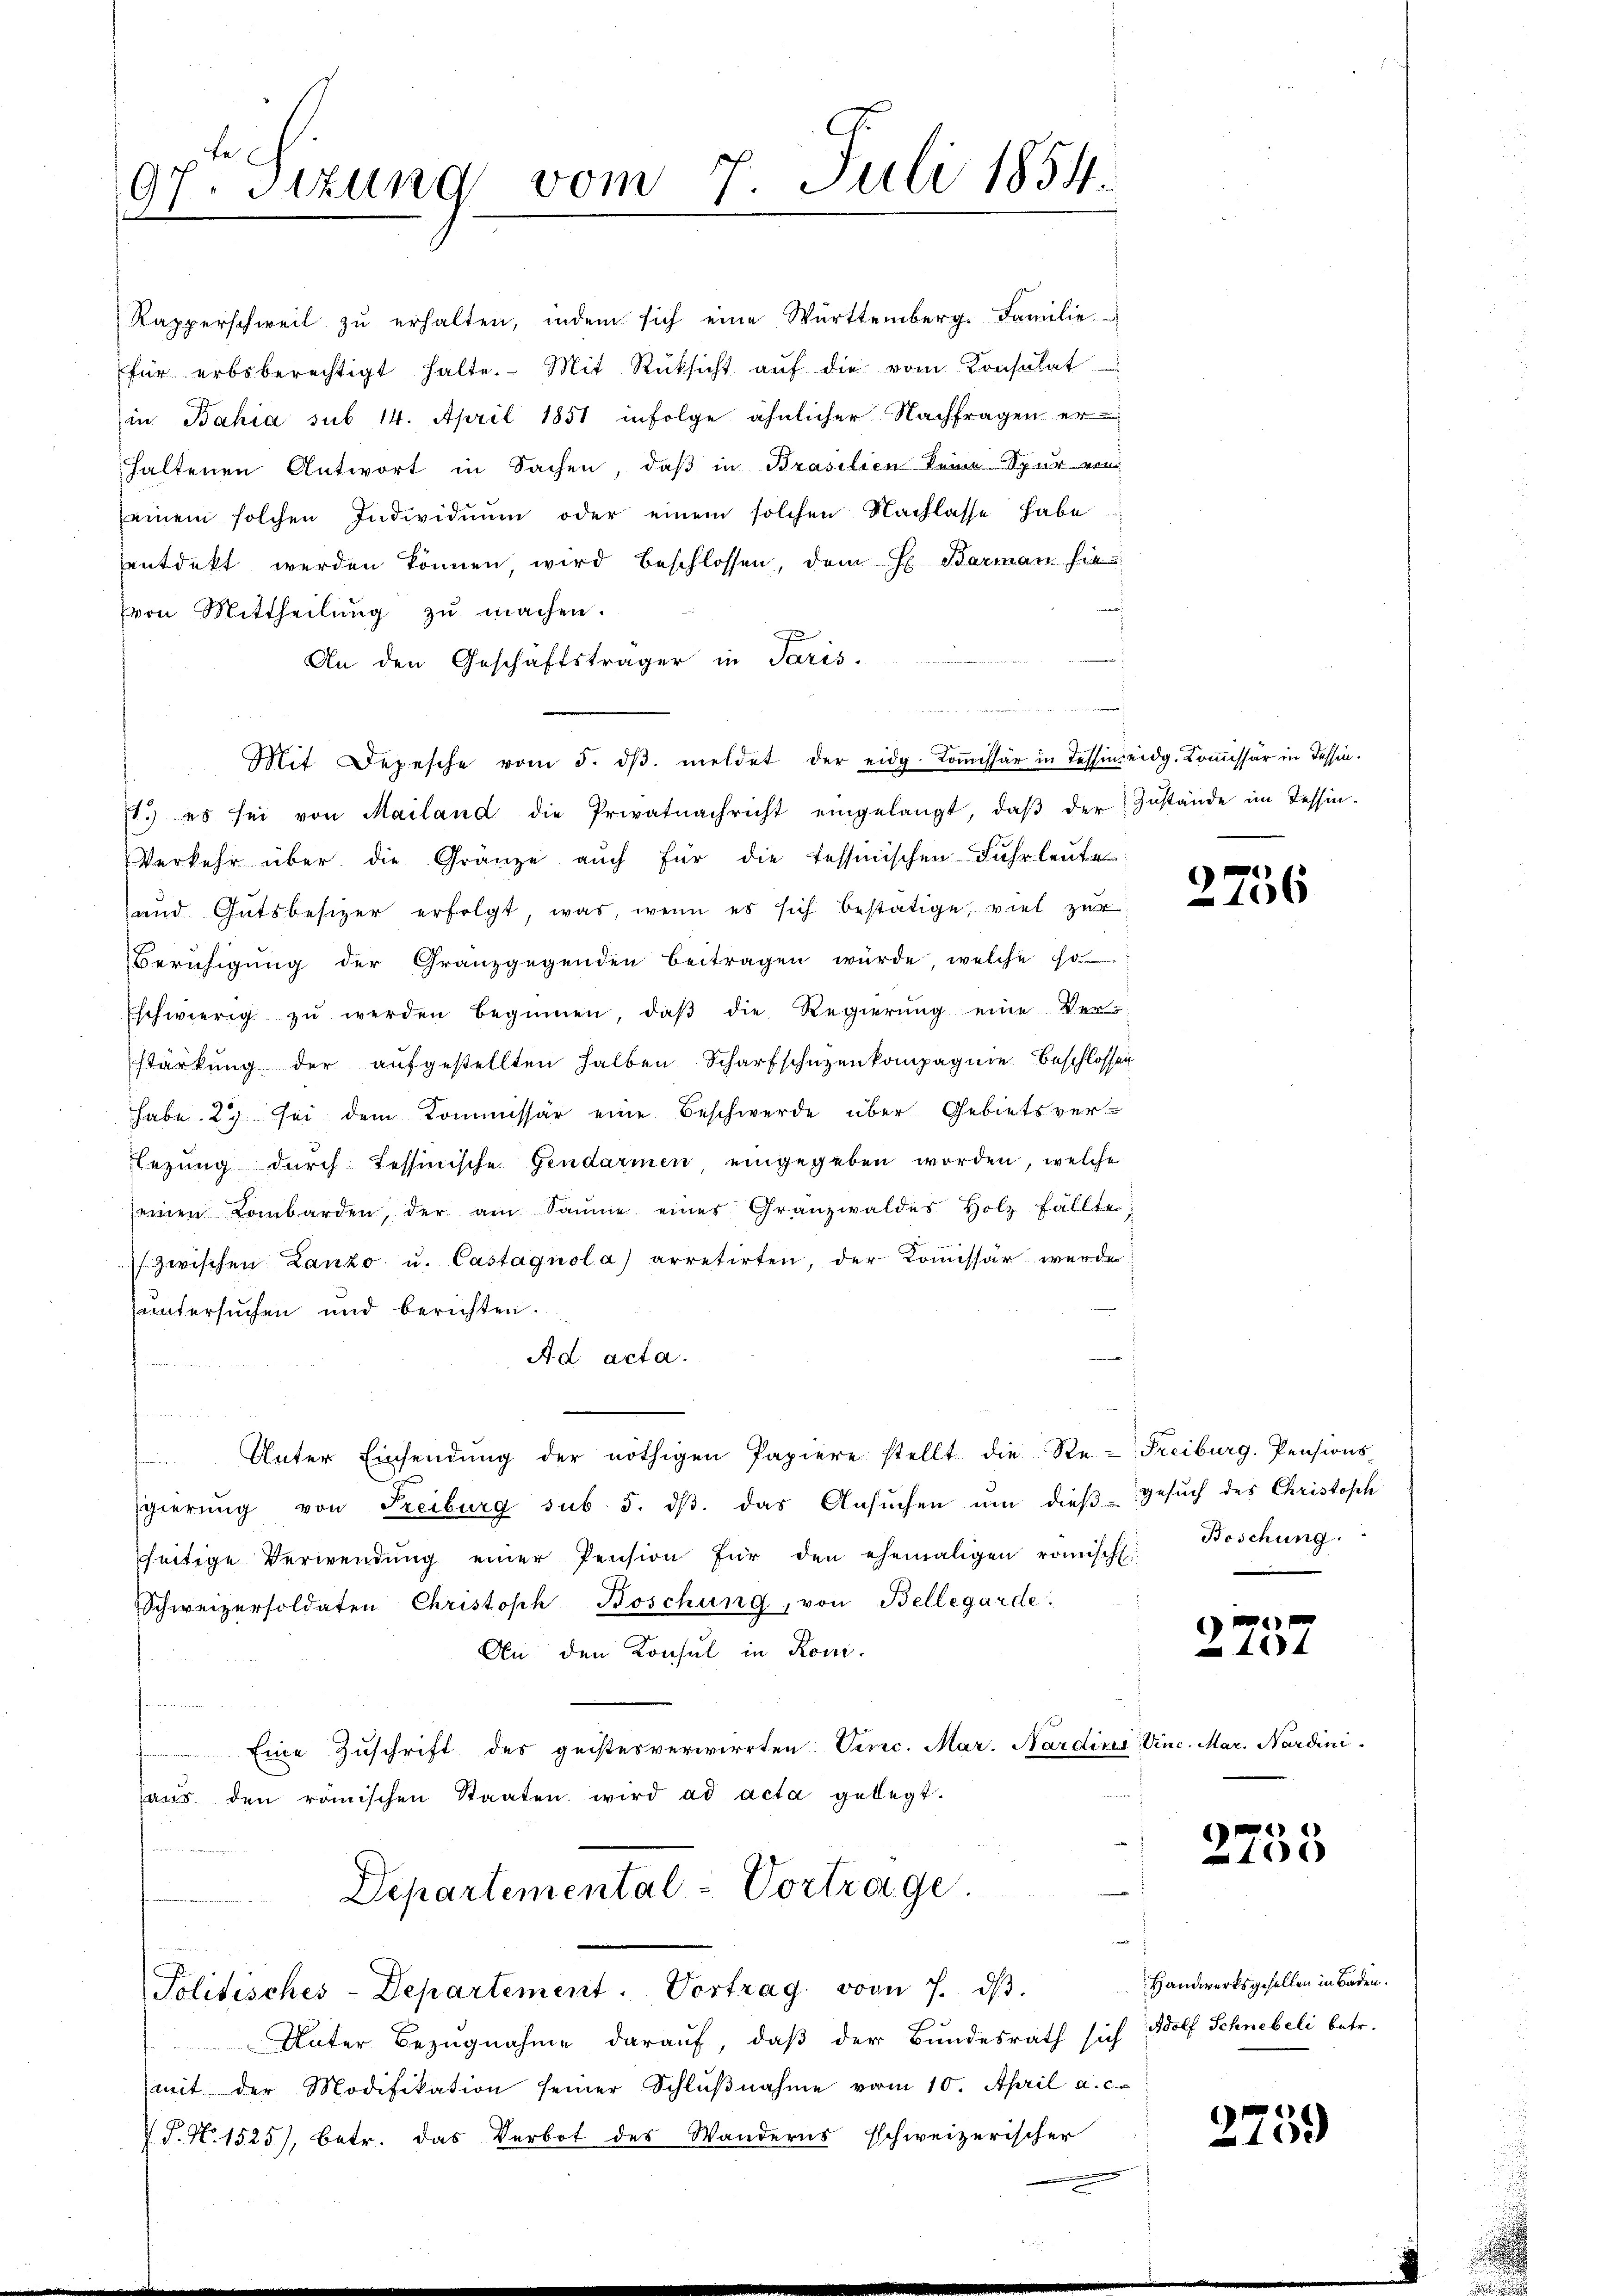
7. Sizung vom 7. Juli 1854.
97

für erbsberechtigt halte. Mit Rüksicht aŭf die vom Konsulat
in Bahia sub 14. April 1851 infolge ähnlicher Nachfragen erhaltenen Antwort in Sachen, daβ in Brasilien keine Spur von
seinem solchen Individuum oder einem solchen Nachlasse habe.
entdekt werden können, wird beschlossen, dem H. Barman hie
von Mittheilŭng zŭ machen.
An den Geschäftsträger in Paris.
Mit Depesche vom 5. dβ. meldet der eidg. Koṁissär in Tessin eidg. Kommissär in Tessin.
st.) es sei von Mailand die Privatnachricht eingelangt, daβ der Zŭstände im Tessin-
Verkehr über die Gränze auch für die tessinischen Fuhrleute
und Gutsbesizer erfolgt, was, wenn es sich bestätige, viel zur
Beruhigung der Granzgegenden beitragen würde, welche so
Eschwierig zŭ werden beginnen, daβ die Regierŭng eine Ver-
stärkung der aŭfgestellten halben Scharfschüzenkompagnie Beschlossen
habe. 2) sei dem Kommissär eine Beschwerde über Gebietsver-
legung durch Tessinische Gendarmen, eingegeben worden, welche
einen Lombarden, der am Saume eines Granzwaldes Holz fällte;
zwischen Lanzo u. Castagnola) arretirten, der Kommissär wurde
untersuchen und berichten.
Ad acta.
 Unter Einsendŭng der nöthigen Papiere stellt die Re-Freiburg. Pensions
gierŭng von Freiburg sub 5. dβ das Ansŭchen ŭm dieβ-Gesŭch des Christoph
seitige Verwendŭng einer Pension für den ehemaligen römisch
Schweizersoldaten Christoph Böschung, von Bellegarde.
An den Konsul in Roni¬
Eine Zuschrift des geistesverwirrten Verc. Mar. Nardine Vinc. Mar. Nardini
haŭs den römischen Staaten wird ad acta gelegt.
Departemental-Vortrage

Rapperschweil zŭ erhalten, indem sich eine Württemberg. Familie

Politisches-Departement. Vortrag von J. dβ.

Unter Bezugnahme darauf, daß der Bundesrath sich Adolf Schnebeli betr.
mit der Modifikation seiner Schlŭβnahme vom 10. April a. c.
 P. Nr. 1525), betr. das Verbot des Wanderns schweizerischer

2756

Boschung.

xx

x

Handwerksgesellen in Baden.

2751)